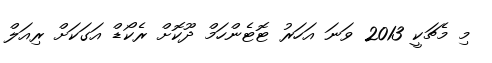
މި މެޗަކީ 2013 ވަނަ އަހަރު ޓޮޓެންހަމް ދޫކޮށް ރެކޯޑް އަގަކަށް ރިއަލް